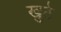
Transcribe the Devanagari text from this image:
खुठे